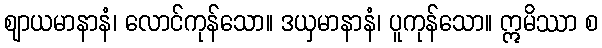
ဈာယမာနာနံ၊ လောင်ကုန်သော။ ဒယှမာနာနံ၊ ပူကုန်သော။ ဣမိဿာ စ